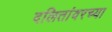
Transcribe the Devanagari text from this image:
दलितांवरच्या